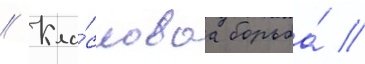
// Кла́ссоваа борьба́ //